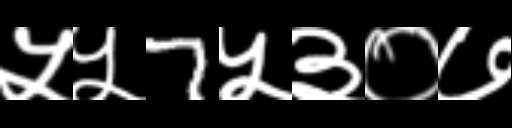
Text: ५५7५३०७